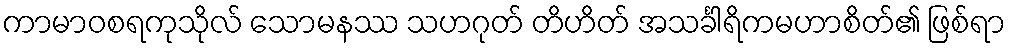
ကာမာဝစရကုသိုလ် သောမနဿ သဟဂုတ် တိဟိတ် အသင်္ခါရိကမဟာစိတ်၏ ဖြစ်ရာ